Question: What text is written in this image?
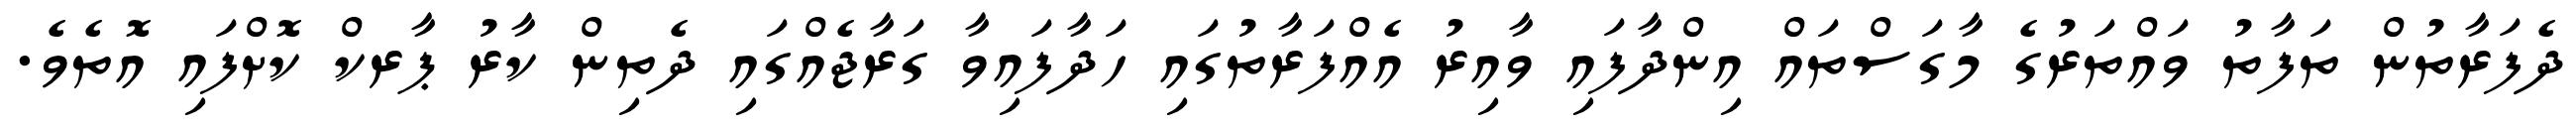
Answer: ދެފަރާތުން ތަފާތު ވައްތަރުގެ މާގަސްތައް އިންދާފައި ވާއިރު އެއްފަރާތުގައި ހަދާފައިވާ ގަރާޖެއްގައި ދެތިން ކާރު ޕާރކް ކޮށްފައި އޮތެވެ.